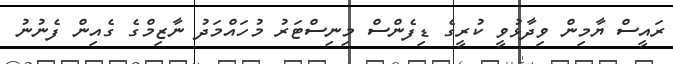
ރައީސް ޔާމިން ވިދާޅުވީ ކުރީގެ ޑިފެންސް މިނިސްޓަރު މުހައްމަދު ނާޒިމްގެ ގެއިން ފެނުނު